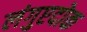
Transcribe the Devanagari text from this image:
लंगुएदोक